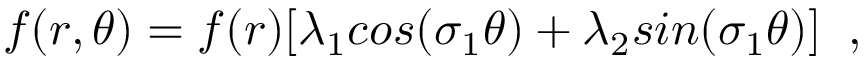
f ( r , \theta ) = f ( r ) [ \lambda _ { 1 } c o s ( \sigma _ { 1 } \theta ) + \lambda _ { 2 } s i n ( \sigma _ { 1 } \theta ) ] \; \; ,